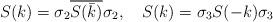
LaTeX: \begin{align*}&S(k) =\sigma_2 \overline{S( \bar {k} )} \sigma_2,\ \ \ S(k) =\sigma_3 S(-k) \sigma_3 \end{align*}